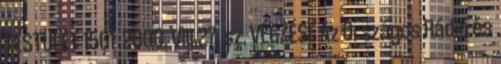
TESTÜLET 1561 2008. VIII.27. sz. VÉGZÉSE Az Országos Rádió és